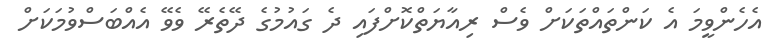
އެހެންވީމަ އެ ކަންތައްތަކަށް ވެސް ރިއާޔަތްކޮށްފައި ދެ ގައުމުގެ ދޭތެރޭ ވެވޭ އެއްބަސްވުމަކަށް